Vital statistics of India. Vol. IV, Annual returns from 1871 to 1876. British Army of India, Native Army and jails of Bengal
Year: 1871
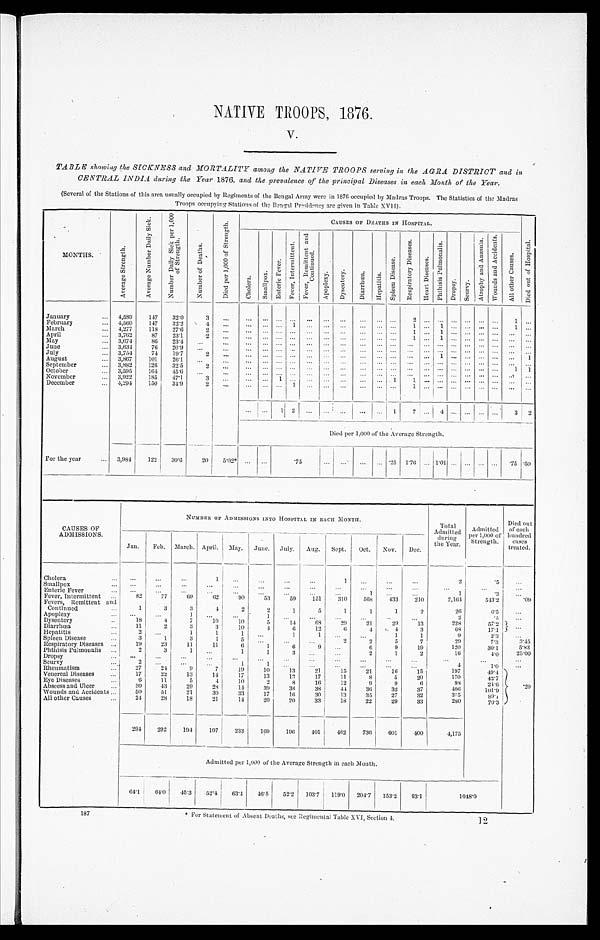
NATIVE TROOPS, 1876.
V
TABLE showing the SICKNESS and MORTALITY among the NATIVE TROOPS serving in the AGRA DISTRICT and in
CENTRAL INDIA during the Year1 8 7 6 ,
a n d t h e p r e v a l e n c e o f t h e p r i n c i p a l D i s e a s e s i n e a c h M o n t h o f ' t h e Y e a r .
(Several of the Stations of this area usually occupied by Regiments of the Bengal Army were in 1876 occupied by Madras Troops. The Statistics of the Madras
T r o o p s o c c u p y i n g S t a t i o n s o f t h e B e n g a l . P r e s i d e n c y a r e g i v e n i n T a b l e XVI I ) .
MONTHS.
A v e r a g e S t r e n g t h .
A v e r a g e N u m b e r D a i l y S i c k . N u m b e r D a i l y S i c k p e r 1 , 0 0 0 o f S t r e n g t h .
N u m b e r o f D e a t h s .
D i e d p e r 1 , 0 0 0 o f S t r e n g t h .
CAUSES OF DEA
T I I S I N H O S P I T A L
C h o l e r a .
S m a l l p o x .
E n t e r i c F e v e r .
F E v e r R E m i t t e n t a n d C o n t i n u e d . A p o p l e x y . .
' D y s e n t e r y . D i a r r h œ œ œ a . - •
H e p a t i t i s .
'
S p l e e n D i s e a s e s . R E s p i t a r y D i s e a s e s .
P h t h s i s P u l m o n a l i s . D r o p s y . - .
January
4, 589 147 32. 0
H e a r t D i s e a s e s .
S c u r u r v y . A t r o p h y a n d æ æ m i a . W o u n d s a n d a c c i d e n t s A l l o t h e r C a u s e s . D i e d o u t o f H o s p i t a l .
February
4, 560 147 32. 2 4
1
March
4, 277 118 27. 6 2
1 1
April
3, 762 87 23. 1 . 2
. . .
1 1
May
3, 674 86 23. 4
June
3, 634 76 20. 9
July
3,75 74 19.
. . .
1
1
August
3, 867 101 26.
. . .
September
3, 882 126 32.
1 1
October
3, 595 164 45. 6
. . .
November
3, 922 185 47.
December
4, 294 150 34. 9
1
1
1 7 4
3 2
Died per 1, 000 of the Average Strength.
For the year
3, 984 122 30. 6 20 5. 02*
. 75
' .5 .50
CAUSES OF
ADMISSIONS.
NUMBER OF ADMISSIONS INTO HOSPITAL IN EACH MONTH.
Total
Admitted durig, '
the Year.
Admitted per 1, 000 of
• "
Strength.
Died out
of each
hundred caseaes
treated.
Jan. Feb. March. April. May. June. July. Aug. Sept. Oct . Nov. Dec.
Cholera
2
.5
Smallpox
.
Enteric Fever
. . . . . . . . .
. . .
1
. . .
1
.3
Fever Intermittent
82 77 69 62 90 53 59 151 310 568 433 210 2, 164 543. 2
. 0 9
Fevers,Remittent and
Continued
1 3 3 4 2 2 1 5 1 1 1 2
26
6.5
Apoplexy
1 . . .
. . . . . . . . .
.
2
1 5
Dysentery
18 4 7 10 10 5 14 68 29 21 29 13
228
57. 2
Diarrhœa
11 2 3 3 10 4 6 12 6 4 4 3
68
17. 1
Hepatitis
2
i 1
1
1 1
9
2.3
Spleen Disease
3 1 3 1 5
2 2 5 7
29
7. 3 3. 45
Respiratory Diseases
19 23 11 11 6 1 6 9
6 9 19
120
30. 1 5. 83
Phthisis Pulmonalis 2 3
1 1 3
2 1 2
16
4.0 25. 00
Dropsy
Scurvy
1 1
4
1 ' 0
Rheumatism
27 24 9 7 19 10 13 21 15 21 16 15
197
49.4
Venereal Diseases
17 22 13 14 17 13 12 17 11 8 5 20
170
42. 7
Eye Diseases
6 11. 5 4 10 2 8 16 12 9 9 6
98
2 4 . 6 . 20
Abscess and Ulcer
30 43 I29 28 14
3 9 36 38 44 36 32 37
406 101. ' 9
Wounds and Accidents
50 51 24 30 33 17 16 30 13 35 27 32
355
8 9 . 1
All other Causes
21 28 18 21 14 20 20 33 18 22 29 33
280 70. 3
294 292 194 197 233 I69 196 401 462 736 601 400 4, 175
Admitted per 1, 000 of the Average Strength in each Month.
64. 1 64. 0 45. 3 52. 4 63. 4 46. 5 52.2 103. 7 119. 0 204. 7 153. ' 2 93. 1
1 0 4 8 . 0
* For Statement of Absent Deaths, see Regimental Table XVI, Section 4.
187